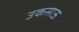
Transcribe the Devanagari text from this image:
उकसाऊ